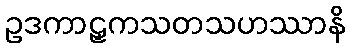
ဥဒကာဠှကသတသဟဿာနိ